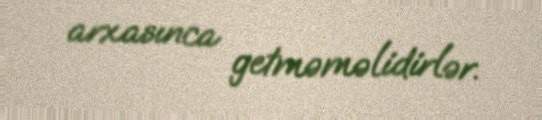
arxasınca getməməlidirlər.